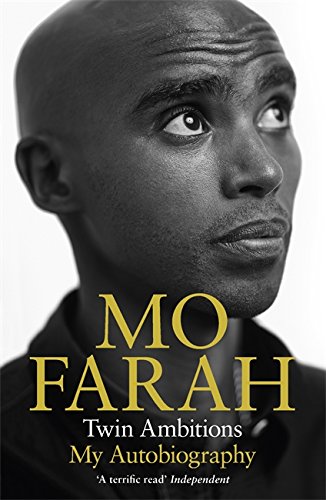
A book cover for Twin Ambitions: My Autobiography; Mo Farah; Sports & Outdoors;